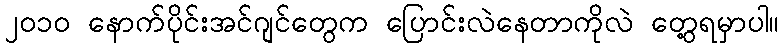
၂၀၁၀ နောက်ပိုင်းအင်ဂျင်တွေက ပြောင်းလဲနေတာကိုလဲ တွေ့ရမှာပါ။